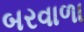
બરવાળા